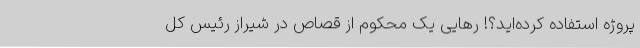
پروژه استفاده کرده‌اید؟! رهایی یک محکوم از قصاص در شیراز رئیس کل